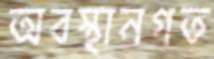
অবস্থানগত